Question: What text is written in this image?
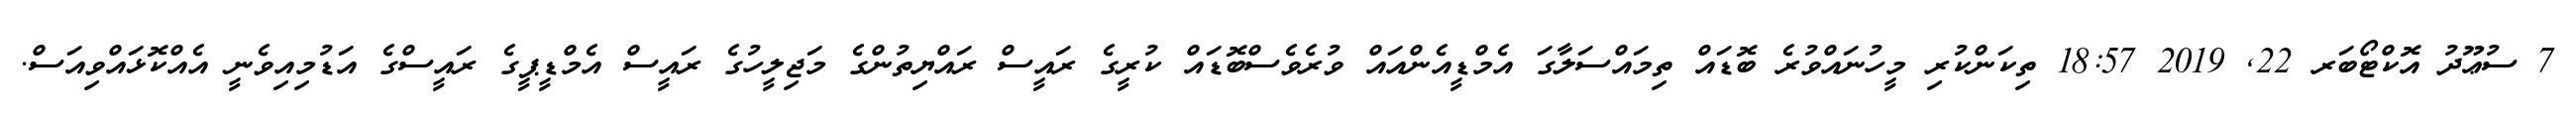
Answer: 7 ސުޢޫދު އޮކްޓޯބަރ 22, 2019 18:57 ތިކަންކުރި މީހުނައްވުރެ ބޮޑައް ތިމައްސަލާގަ އެމްޑީއެންއައް ވުރެވެސްބޮޑައް ކުރީގެ ރައީސް ރައްޔިތުންގެ މަޖިލީހުގެ ރައީސް އެމްޑީޕީގެ ރައީސްގެ އަޑުމިއިވެނީ އެއްކޮޅައްވިއަސް.